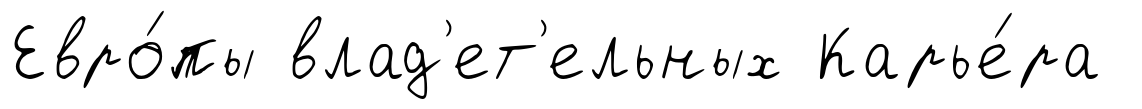
Евро́пы влад'ет'ельных Карье́ра